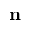
\displaystyle \mathbf { n }